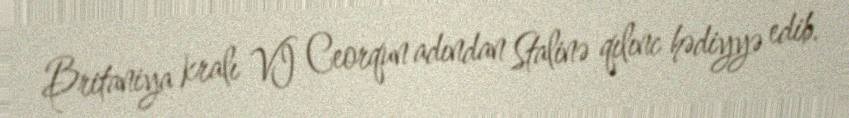
Britaniya kralı VI Ceorqun adından Stalinə qılınc hədiyyə edib.